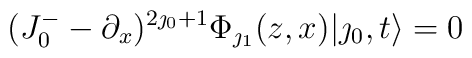
(J^-_0-\partial_x)^{2\jmath_0+1}\Phi_{\jmath_1}(z,x)|\jmath_0,t\rangle =0